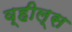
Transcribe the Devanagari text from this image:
व्‍हील्‍स